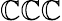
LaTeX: \mathbb{C}\mathbb{C}\mathbb{C}